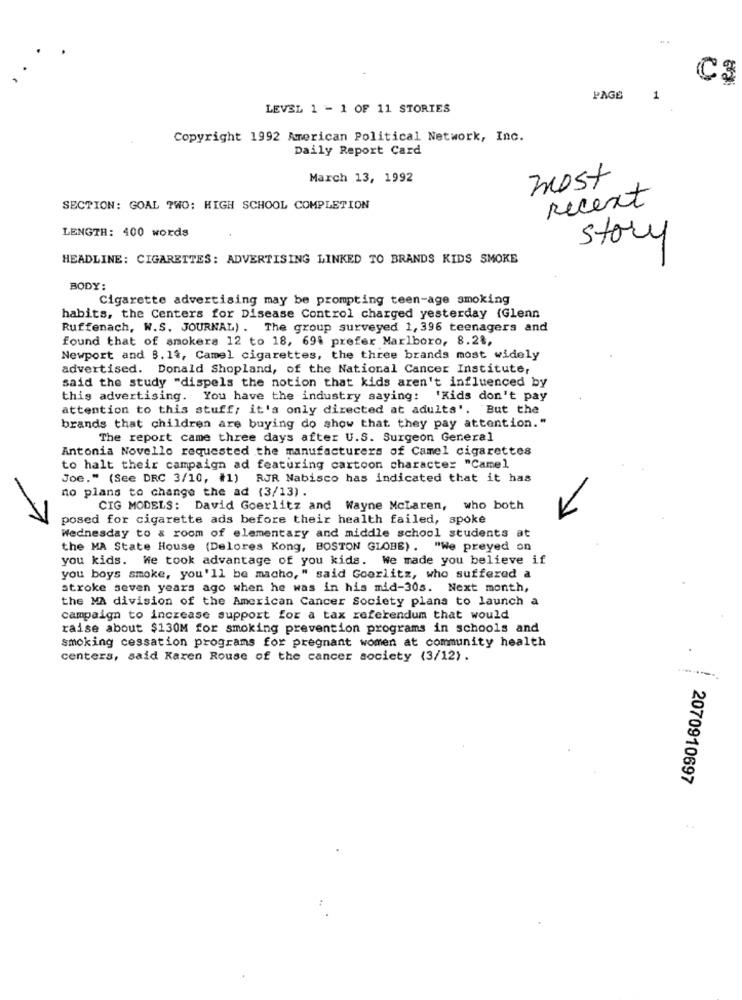
C3
PAGE
1
LEVEL 1 - 1 OF 11 STORIES
Copyright 1992 American Political Network, Inc.
Daily Report Card
March 13, 1992
most
Recent
SECTION: GOAL TWO: HIGH SCHOOL COMPLETION
LENGTH: 400 words
story
HEADLINE: CIGARETTES: ADVERTISING LINKED TO BRANDS KIDS SMOKE
BODY:
Cigarette advertising may be prompting teen-age smoking
habits, the Centers for Disease Control charged yesterday (Glenn
Ruffenach, W.S. JOURNAL) . The group surveyed 1, 396 teenagers and
found that of smokers 12 to 18, 694 prefer Marlboro, 8.28,
Newport and 3. 14, Camel cigarettes, the three brands most widely
advertised. Donald Shopland, of the National Cancer Institute,
said the study "dispels the notion that kids aren't influenced by
this advertising. You have the industry saying: 'Kids don't pay
attention to this stuff; it's only directed at adults'. But the
brands that children are buying do show that they pay attention."
The report came three days after U.S. Surgeon General
Antonia Novello requested the manufacturers of Camel cigarettes
to halt their campaign ad featuring cartoon character "Camel
Joe." (See DRC 3/10, #1) RJR Nabisco has indicated that it has
no plans to change the ad (3/13) .
CIG MODELS: David Goerlitz and Wayne McLaren, who both
posed for cigarette ads before their health failed, spoke
Wednesday to & room of elementary and middle school students at
the MA State House (Delores Kong, BOSTON GLOBE) . "We preyed on
you kids. We took advantage of you kids. We made you believe if
you boys smoke, you'll be macho," said Goerlitz, who suffered a
stroke seven years ago when he was in his mid-30s. Next month,
the MA division of the American Cancer Society plans to launcha
campaign to increase support for a tax referendum that would
raise about $130M for smoking prevention programs in schools and
smoking cessation programs for pregnant women at community health
centers, said Karen Rouse of the cancer society (3/12).
2070910697